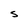
Character: S